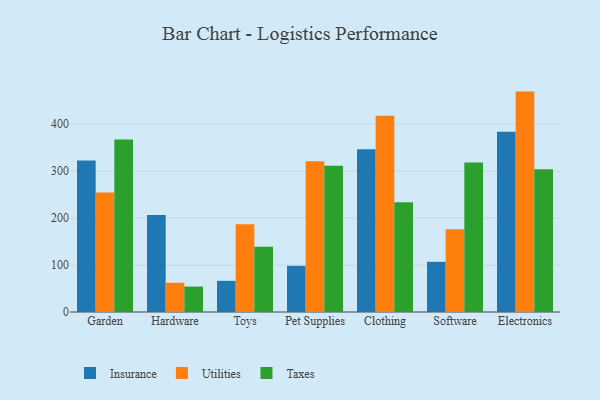
{"axis": {"x": "Category", "y": "Customer Acquisition Cost (USD)"}, "legend": ["Insurance", "Taxes", "Utilities"], "data": [{"x": "Garden", "y": 322.6, "type": "Insurance"}, {"x": "Garden", "y": 254.5, "type": "Utilities"}, {"x": "Garden", "y": 367.4, "type": "Taxes"}, {"x": "Hardware", "y": 206.5, "type": "Insurance"}, {"x": "Hardware", "y": 62.3, "type": "Utilities"}, {"x": "Hardware", "y": 54.1, "type": "Taxes"}, {"x": "Toys", "y": 66.4, "type": "Insurance"}, {"x": "Toys", "y": 187.1, "type": "Utilities"}, {"x": "Toys", "y": 138.8, "type": "Taxes"}, {"x": "Pet Supplies", "y": 98.3, "type": "Insurance"}, {"x": "Pet Supplies", "y": 321.2, "type": "Utilities"}, {"x": "Pet Supplies", "y": 311.4, "type": "Taxes"}, {"x": "Clothing", "y": 346.8, "type": "Insurance"}, {"x": "Clothing", "y": 418.0, "type": "Utilities"}, {"x": "Clothing", "y": 233.7, "type": "Taxes"}, {"x": "Software", "y": 106.9, "type": "Insurance"}, {"x": "Software", "y": 176.0, "type": "Utilities"}, {"x": "Software", "y": 318.5, "type": "Taxes"}, {"x": "Electronics", "y": 383.6, "type": "Insurance"}, {"x": "Electronics", "y": 469.3, "type": "Utilities"}, {"x": "Electronics", "y": 304.0, "type": "Taxes"}]}